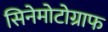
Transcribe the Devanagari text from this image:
सिनेमोटोग्राफ